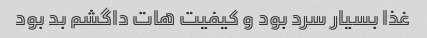
غذا بسیار سرد بود و کیفیت هات داگشم بد بود